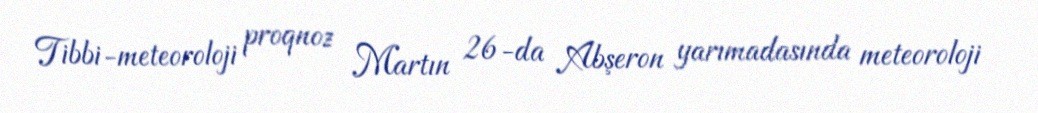
Tibbi-meteoroloji proqnoz Martın 26-da Abşeron yarımadasında meteoroloji